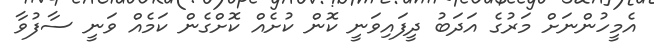
އެމީހުންނަށް މަރުގެ އަދަބު ދީފައިވަނީ ކޮން ކުށެއް ކޮށްގެން ކަމެއް ވަނީ ސާފުވާ